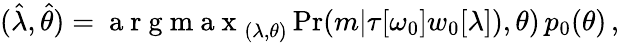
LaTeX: \begin{array}{r}{(\hat{\lambda},\hat{\theta})=\mathrm{~a~r~g~m~a~x~}_{(\lambda,\theta)}\operatorname*{Pr}(m|\tau[\omega_{0}]w_{0}[\lambda]),\theta)\, p_{0}(\theta)\, ,}\end{array}